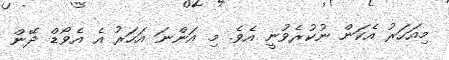
މިއަހަރު އެކަން ނުކުރެވުނީ އެވެ. މި އަންނަ އަހަރު އެ އެވޯޑް ދޭން